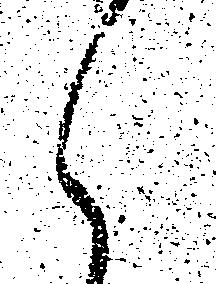
候